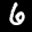
Label: 6